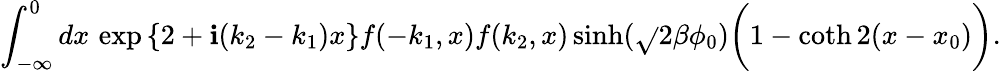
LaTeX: \int_{-\infty}^{0}dx\, \exp{\left\{ 2+\mathbf{i}(k_{2}-k_{1})x\right\} }f(-k_{1},x)f(k_{2},x)\sinh(\sqrt{}{{2}}\beta\phi_{0})\biggl(1-\coth2(x-x_{0})\biggr).